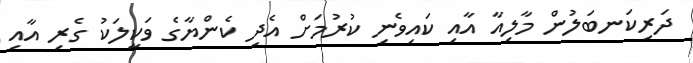
ދަރިކަނބަލުން މާލިއާ އާއި ކައިވެނި ކުރުމަށް އެދި ކެންޔާގެ ވަކީލަކު ގެރި އާއި